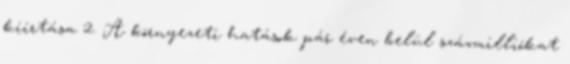
kiirtása 2. A környezeti hatások pár éven belül százmilliókat